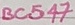
Text: BC547